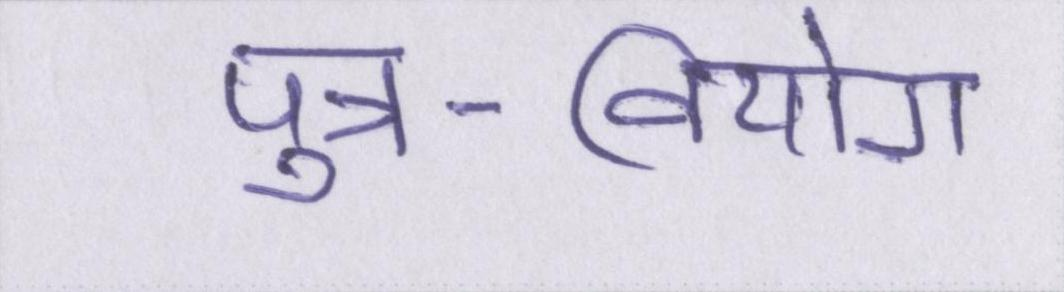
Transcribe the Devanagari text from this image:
पुत्र-वियोग